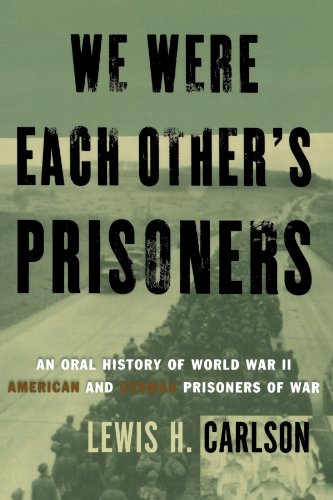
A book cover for We Were Each Other's Prisoners: An Oral History Of World War II American And German Prisoners Of War; Lewis H. Carlson; History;